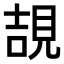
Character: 𧠯